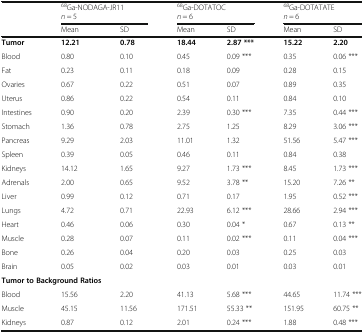
<table><thead><tr><td></td><td colspan="2"><b><sup>68</sup>Ga-NODAGA-JR11<i>n</i> = 5</b></td><td colspan="2"><b><sup>68</sup>Ga-DOTATOC<i>n</i> = 6</b></td><td colspan="2"><b><sup>68</sup>Ga-DOTATATE<i>n</i> = 6</b></td></tr><tr><td></td><td><b>Mean</b></td><td><b>SD</b></td><td><b>Mean</b></td><td><b>SD</b></td><td><b>Mean</b></td><td><b>SD</b></td></tr></thead><tbody><tr><td><b>Tumor</b></td><td><b>12.21</b></td><td><b>0.78</b></td><td><b>18.44</b></td><td><b>2.87 ***</b></td><td><b>15.22</b></td><td><b>2.20</b></td></tr><tr><td>Blood</td><td>0.80</td><td>0.10</td><td>0.45</td><td>0.09 ***</td><td>0.35</td><td>0.06 ***</td></tr><tr><td>Fat</td><td>0.23</td><td>0.11</td><td>0.18</td><td>0.09</td><td>0.28</td><td>0.15</td></tr><tr><td>Ovaries</td><td>0.67</td><td>0.22</td><td>0.51</td><td>0.07</td><td>0.89</td><td>0.35</td></tr><tr><td>Uterus</td><td>0.86</td><td>0.22</td><td>0.54</td><td>0.11</td><td>0.84</td><td>0.10</td></tr><tr><td>Intestines</td><td>0.90</td><td>0.20</td><td>2.39</td><td>0.30 ***</td><td>7.35</td><td>0.44 ***</td></tr><tr><td>Stomach</td><td>1.36</td><td>0.78</td><td>2.75</td><td>1.25</td><td>8.29</td><td>3.06 ***</td></tr><tr><td>Pancreas</td><td>9.29</td><td>2.03</td><td>11.01</td><td>1.32</td><td>51.56</td><td>5.47 ***</td></tr><tr><td>Spleen</td><td>0.39</td><td>0.05</td><td>0.46</td><td>0.11</td><td>0.84</td><td>0.38</td></tr><tr><td>Kidneys</td><td>14.12</td><td>1.65</td><td>9.27</td><td>1.73 ***</td><td>8.45</td><td>1.73 ***</td></tr><tr><td>Adrenals</td><td>2.00</td><td>0.65</td><td>9.52</td><td>3.78 **</td><td>15.20</td><td>7.26 **</td></tr><tr><td>Liver</td><td>0.99</td><td>0.12</td><td>0.71</td><td>0.17</td><td>1.95</td><td>0.52 ***</td></tr><tr><td>Lungs</td><td>4.72</td><td>0.71</td><td>22.93</td><td>6.12 ***</td><td>28.66</td><td>2.94 ***</td></tr><tr><td>Heart</td><td>0.46</td><td>0.06</td><td>0.30</td><td>0.04 *</td><td>0.67</td><td>0.13 **</td></tr><tr><td>Muscle</td><td>0.28</td><td>0.07</td><td>0.11</td><td>0.02 ***</td><td>0.11</td><td>0.04 ***</td></tr><tr><td>Bone</td><td>0.26</td><td>0.04</td><td>0.20</td><td>0.03</td><td>0.25</td><td>0.03</td></tr><tr><td>Brain</td><td>0.05</td><td>0.02</td><td>0.03</td><td>0.01</td><td>0.03</td><td>0.01</td></tr><tr><td colspan="7"><b>Tumor to Background Ratios</b></td></tr><tr><td>Blood</td><td>15.56</td><td>2.20</td><td>41.13</td><td>5.68 ***</td><td>44.65</td><td>11.74 ***</td></tr><tr><td>Muscle</td><td>45.15</td><td>11.56</td><td>171.51</td><td>55.33 **</td><td>151.95</td><td>60.75 **</td></tr><tr><td>Kidneys</td><td>0.87</td><td>0.12</td><td>2.01</td><td>0.24 ***</td><td>1.88</td><td>0.48 ***</td></tr></tbody></table>